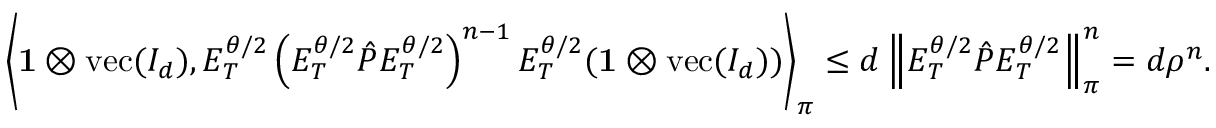
\left\langle \mathbf { 1 } \otimes \operatorname { v e c } ( I _ { d } ) , E _ { T } ^ { \theta / 2 } \left( E _ { T } ^ { \theta / 2 } \hat { P } E _ { T } ^ { \theta / 2 } \right) ^ { n - 1 } E _ { T } ^ { \theta / 2 } ( \mathbf { 1 } \otimes \operatorname { v e c } ( I _ { d } ) ) \right\rangle _ { \boldsymbol \pi } \leq d \left\lVert E _ { T } ^ { \theta / 2 } \hat { P } E _ { T } ^ { \theta / 2 } \right\rVert _ { \boldsymbol \pi } ^ { n } = d \rho ^ { n } .